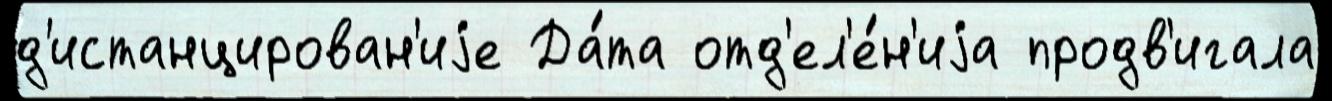
д'истанцирован'иjе Да́та отд'ел'е́н'иjа продв'игала